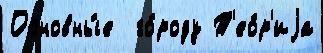
Основны́е  го́роду Т'ео́р'иjа